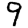
Digit: 9